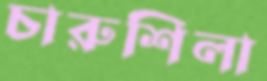
চারুশিলা